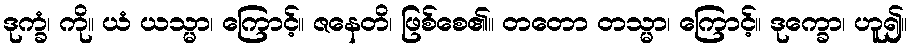
ဒုက္ခံ၊ ကို။ ယံ ယသ္မာ၊ ကြောင့်။ ဇနေတိ၊ ဖြစ်စေ၏။ တတော တသ္မာ၊ ကြောင့်။ ဒုက္ခော၊ ဟူ၍။